Indian journal of veterinary science and animal husbandry - Volume 5,
Year: 1935
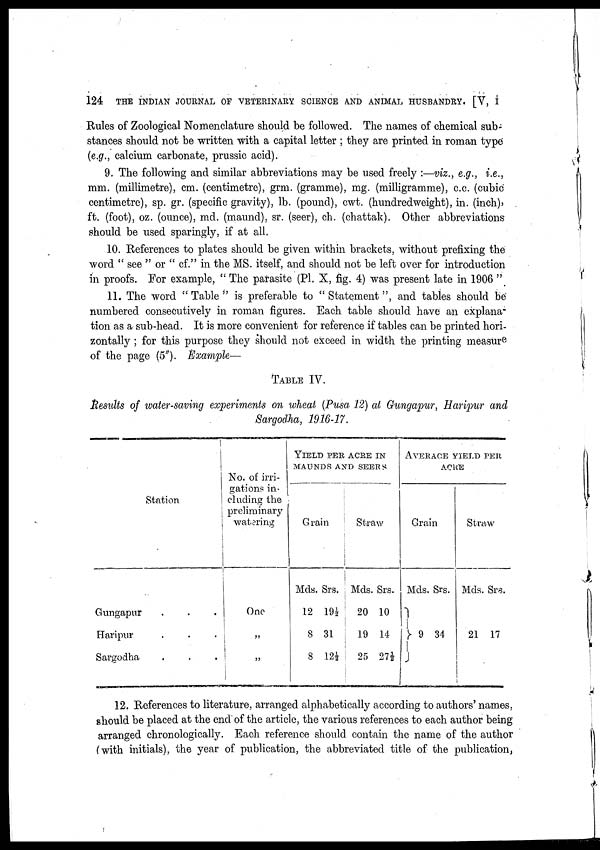
124
THE INDIAN JOURNAL OF VETERINARY SCIENCE AND ANIMAL HUSBANDRY. [V, I
Rules of Zoological Nomenclature should be followed. The names of chemical sub-
stances should not be written with a capital letter ; they are printed in roman type
(e.g., calcium carbonate, prussic acid).
9. The following and similar abbreviations may be used freely :—viz., e.g., i.e.,
mm. (millimetre), cm. (centimetre), grm. (gramme), mg. (milligramme), c.c. (cubic
centimetre), sp. gr. (specific gravity), lb. (pound), cwt. (hundredweight), in. (inch),
ft. (foot), oz. (ounce), md. (maund), sr. (seer), ch. (chattak). Other abbreviations
should be used sparingly, if at all.
10. References to plates should be given within brackets, without prefixing the
word " see " or " cf." in the MS. itself, and should not be left over for introduction
in proofs. For example, " The parasite (Pl. X, fig. 4) was present late in 1906 "
11. The word " Table " is preferable to " Statement ", and tables should be
numbered consecutively in roman figures. Each table should have an explana-
tion as a sub-head. It is more convenient for reference if tables can be printed hori-
zontally ; for this purpose they should not exceed in width the printing measur e
of the page (5"). Example—
TABLE IV.
Results of water-saving experiments on wheat (Pusa 12) at Gungapur, Haripur and
Sargodha, 1916-17.
Station
Gungapur . . .
Haripur . . .
Sargodha . . .
No. of irri-
gations in-
cluding the
preliminary
watering
One
„
„
YIELD PER ACRE IN
MAUNDS AND SEERS
Grain
Mds. Srs.
12 19½
8 31
8 12½
Straw
Mds. Srs.
20 10
19 14
25 27½
AVERAGE YIELD PER
ACRE
Grain
Mds. Srs.
} 9 34
Straw
Mds. Srs.
21 17
12. References to literature, arranged alphabetically according to authors' names,
should be placed at the end of the article, the various references to each author being
arranged chronologically. Each reference should contain the name of the author
(with initials), the year of publication, the abbreviated title of the publication,